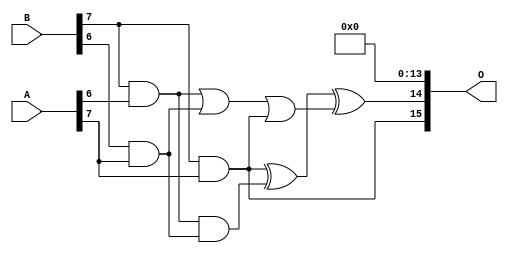
/***
* This code is a part of EvoApproxLib library (ehw.fit.vutbr.cz/approxlib) distributed under The MIT License.
* When used, please cite the following article(s): PRABAKARAN B. S., MRAZEK V., VASICEK Z., SEKANINA L., SHAFIQUE M. ApproxFPGAs: Embracing ASIC-based Approximate Arithmetic Components for FPGA-Based Systems. DAC 2020. 
***/
// MAE% = 0.004 %
// MAE = 170285 
// WCE% = 0.023 %
// WCE = 982429 
// WCRE% = 300.00 %
// EP% = 99.99 %
// MRE% = 0.20 %
// MSE = 44931.821e6 
// FPGA_POWER = 2.5
// FPGA_DELAY = 14
// FPGA_LUT = 154

module mult8_cgp14ep_ep65536_wc16384_2_csamcsa (
    A,
    B,
    O
);

input [7:0] A;
input [7:0] B;
output [15:0] O;

wire sig_225,sig_267,sig_268,sig_299,sig_300,sig_302,sig_328,sig_331;

assign sig_225 = B[7] & A[6];
assign sig_267 = B[6] & A[7];
assign sig_268 = B[7] & A[7];
assign sig_299 = sig_225 | sig_267;
assign sig_300 = sig_225 & sig_267;
assign sig_302 = sig_299 | sig_268;
assign sig_328 = sig_268 ^ sig_300;
assign sig_331 = sig_328 ^ sig_302;

assign O[15] = sig_268;
assign O[14] = sig_331;
assign O[13] = 1'b0;
assign O[12] = 1'b0;
assign O[11] = 1'b0;
assign O[10] = 1'b0;
assign O[9] = 1'b0;
assign O[8] = 1'b0;
assign O[7] = 1'b0;
assign O[6] = 1'b0;
assign O[5] = 1'b0;
assign O[4] = 1'b0;
assign O[3] = 1'b0;
assign O[2] = 1'b0;
assign O[1] = 1'b0;
assign O[0] = 1'b0;

endmodule

module mult8_cgp14zr_wc1925_rcam (
    A,
    B,
    O
);

input [7:0] A;
input [7:0] B;
output [15:0] O;

wire sig_72,sig_118,sig_147,sig_151,sig_152,sig_153,sig_154,sig_155,sig_161,sig_162,sig_163,sig_191,sig_192,sig_193,sig_194,sig_195,sig_196,sig_197,sig_198,sig_199;
wire sig_200,sig_205,sig_206,sig_207,sig_208,sig_231,sig_232,sig_236,sig_237,sig_238,sig_239,sig_240,sig_241,sig_242,sig_243,sig_244,sig_245,sig_249,sig_250,sig_251;
wire sig_252,sig_253,sig_271,sig_272,sig_273,sig_274,sig_275,sig_276,sig_277,sig_278,sig_279,sig_280,sig_281,sig_282,sig_283,sig_284,sig_285,sig_286,sig_287,sig_288;
wire sig_289,sig_290,sig_295,sig_296,sig_297,sig_298,sig_307,sig_316,sig_317,sig_318,sig_319,sig_320,sig_321,sig_322,sig_323,sig_324,sig_325,sig_326,sig_327,sig_328;
wire sig_329,sig_330,sig_331,sig_332,sig_333,sig_334,sig_335;

assign sig_72 = B[7] & A[2];
assign sig_118 = B[7] & A[3];
assign sig_147 = B[6] & A[3];
assign sig_151 = sig_72 ^ sig_118;
assign sig_152 = sig_72 & A[3];
assign sig_153 = B[7] & sig_147;
assign sig_154 = sig_151 ^ sig_147;
assign sig_155 = sig_152 | sig_153;
assign sig_161 = B[5] & A[4];
assign sig_162 = B[6] & A[4];
assign sig_163 = B[7] & A[4];
assign sig_191 = sig_154 ^ sig_162;
assign sig_192 = sig_154 & sig_162;
assign sig_193 = sig_191 & sig_161;
assign sig_194 = sig_191 ^ sig_161;
assign sig_195 = sig_192 | sig_193;
assign sig_196 = sig_155 ^ sig_163;
assign sig_197 = sig_155 & sig_163;
assign sig_198 = B[7] & sig_195;
assign sig_199 = sig_196 ^ sig_195;
assign sig_200 = sig_197 | sig_198;
assign sig_205 = B[4] & A[5];
assign sig_206 = B[5] & A[5];
assign sig_207 = B[6] & A[5];
assign sig_208 = B[7] & A[5];
assign sig_231 = sig_194 ^ sig_206;
assign sig_232 = sig_194 & sig_206;
assign sig_236 = sig_199 ^ sig_207;
assign sig_237 = sig_199 & sig_207;
assign sig_238 = sig_236 & sig_232;
assign sig_239 = sig_236 ^ sig_232;
assign sig_240 = sig_237 | sig_238;
assign sig_241 = sig_200 ^ sig_208;
assign sig_242 = sig_200 & sig_208;
assign sig_243 = B[7] & sig_240;
assign sig_244 = sig_241 ^ sig_240;
assign sig_245 = sig_242 | sig_243;
assign sig_249 = B[2] & A[6];
assign sig_250 = B[4] & A[6];
assign sig_251 = B[5] & A[6];
assign sig_252 = B[6] & A[6];
assign sig_253 = B[7] & A[6];
assign sig_271 = sig_231 ^ sig_250;
assign sig_272 = sig_231 & sig_250;
assign sig_273 = sig_271 & sig_249;
assign sig_274 = sig_271 ^ sig_249;
assign sig_275 = sig_272 | sig_273;
assign sig_276 = sig_239 ^ sig_251;
assign sig_277 = sig_239 & sig_251;
assign sig_278 = sig_276 & sig_275;
assign sig_279 = sig_276 ^ sig_275;
assign sig_280 = sig_277 | sig_278;
assign sig_281 = sig_244 ^ sig_252;
assign sig_282 = sig_244 & sig_252;
assign sig_283 = sig_281 & sig_280;
assign sig_284 = sig_281 ^ sig_280;
assign sig_285 = sig_282 | sig_283;
assign sig_286 = sig_245 ^ sig_253;
assign sig_287 = sig_245 & sig_253;
assign sig_288 = sig_253 & sig_285;
assign sig_289 = sig_286 ^ sig_285;
assign sig_290 = sig_287 | sig_288;
assign sig_295 = B[4] & A[7];
assign sig_296 = B[5] & A[7];
assign sig_297 = B[6] & A[7];
assign sig_298 = B[7] & A[7];
assign sig_307 = A[7] & B[3];
assign sig_316 = sig_279 ^ sig_295;
assign sig_317 = sig_279 & sig_295;
assign sig_318 = sig_316 & sig_307;
assign sig_319 = sig_316 ^ sig_307;
assign sig_320 = sig_317 | sig_318;
assign sig_321 = sig_284 ^ sig_296;
assign sig_322 = sig_284 & sig_296;
assign sig_323 = sig_321 & sig_320;
assign sig_324 = sig_321 ^ sig_320;
assign sig_325 = sig_322 | sig_323;
assign sig_326 = sig_289 ^ sig_297;
assign sig_327 = sig_289 & sig_297;
assign sig_328 = sig_326 & sig_325;
assign sig_329 = sig_326 ^ sig_325;
assign sig_330 = sig_327 | sig_328;
assign sig_331 = sig_290 ^ sig_298;
assign sig_332 = sig_290 & A[7];
assign sig_333 = sig_298 & sig_330;
assign sig_334 = sig_331 ^ sig_330;
assign sig_335 = sig_332 | sig_333;

assign O[15] = sig_335;
assign O[14] = sig_334;
assign O[13] = sig_329;
assign O[12] = sig_324;
assign O[11] = sig_319;
assign O[10] = sig_274;
assign O[9] = sig_205;
assign O[8] = sig_205;
assign O[7] = 1'b0;
assign O[6] = 1'b0;
assign O[5] = sig_250;
assign O[4] = 1'b0;
assign O[3] = sig_194;
assign O[2] = sig_163;
assign O[1] = sig_205;
assign O[0] = 1'b0;

endmodule


module trun8_tam00b ( A, B, O );
  input [7:0] A;
  input [7:0] B;
  output [15:0] O;

  wire C_1_0,C_1_1,C_1_2,C_1_3,C_1_4,C_1_5,C_1_6,C_2_0,C_2_1,C_2_2,C_2_3,C_2_4,C_2_5,C_2_6,C_3_0,C_3_1,C_3_2,C_3_3,C_3_4,C_3_5,C_3_6,C_4_0,C_4_1,C_4_2,C_4_3,C_4_4,C_4_5,C_4_6,C_5_0,C_5_1,C_5_2,C_5_3,C_5_4,C_5_5,C_5_6,C_6_0,C_6_1,C_6_2,C_6_3,C_6_4,C_6_5,C_6_6,C_7_0,C_7_1,C_7_2,C_7_3,C_7_4,C_7_5,C_7_6,S_0_0,S_0_1,S_0_2,S_0_3,S_0_4,S_0_5,S_0_6,S_0_7,S_1_0,S_1_1,S_1_2,S_1_3,S_1_4,S_1_5,S_1_6,S_1_7,S_2_0,S_2_1,S_2_2,S_2_3,S_2_4,S_2_5,S_2_6,S_2_7,S_3_0,S_3_1,S_3_2,S_3_3,S_3_4,S_3_5,S_3_6,S_3_7,S_4_0,S_4_1,S_4_2,S_4_3,S_4_4,S_4_5,S_4_6,S_4_7,S_5_0,S_5_1,S_5_2,S_5_3,S_5_4,S_5_5,S_5_6,S_5_7,S_6_0,S_6_1,S_6_2,S_6_3,S_6_4,S_6_5,S_6_6,S_6_7,S_7_0,S_7_1,S_7_2,S_7_3,S_7_4,S_7_5,S_7_6,S_7_7,S_8_0,S_8_1,S_8_2,S_8_3,S_8_4,S_8_5,S_8_6,S_8_7;

  assign S_0_0 = (A[0] & B[0]);
  assign S_0_1 = (A[0] & B[1]);
  assign S_0_2 = (A[0] & B[2]);
  assign S_0_3 = (A[0] & B[3]);
  assign S_0_4 = (A[0] & B[4]);
  assign S_0_5 = (A[0] & B[5]);
  assign S_0_6 = (A[0] & B[6]);
  assign S_0_7 = (A[0] & B[7]);
  PDKGENHAX1 U13609 (.A(S_0_1), .B((A[1] & B[0])), .YS(S_1_0), .YC(C_1_0));
  PDKGENHAX1 U13610 (.A(S_0_2), .B((A[1] & B[1])), .YS(S_1_1), .YC(C_1_1));
  PDKGENHAX1 U13611 (.A(S_0_3), .B((A[1] & B[2])), .YS(S_1_2), .YC(C_1_2));
  PDKGENHAX1 U13612 (.A(S_0_4), .B((A[1] & B[3])), .YS(S_1_3), .YC(C_1_3));
  PDKGENHAX1 U13613 (.A(S_0_5), .B((A[1] & B[4])), .YS(S_1_4), .YC(C_1_4));
  PDKGENHAX1 U13614 (.A(S_0_6), .B((A[1] & B[5])), .YS(S_1_5), .YC(C_1_5));
  PDKGENHAX1 U13615 (.A(S_0_7), .B((A[1] & B[6])), .YS(S_1_6), .YC(C_1_6));
  assign S_1_7 = (A[1] & B[7]);
  PDKGENFAX1 U13617 (.A(S_1_1), .B(C_1_0), .C((A[2] & B[0])), .YS(S_2_0), .YC(C_2_0));
  PDKGENFAX1 U13618 (.A(S_1_2), .B(C_1_1), .C((A[2] & B[1])), .YS(S_2_1), .YC(C_2_1));
  PDKGENFAX1 U13619 (.A(S_1_3), .B(C_1_2), .C((A[2] & B[2])), .YS(S_2_2), .YC(C_2_2));
  PDKGENFAX1 U13620 (.A(S_1_4), .B(C_1_3), .C((A[2] & B[3])), .YS(S_2_3), .YC(C_2_3));
  PDKGENFAX1 U13621 (.A(S_1_5), .B(C_1_4), .C((A[2] & B[4])), .YS(S_2_4), .YC(C_2_4));
  PDKGENFAX1 U13622 (.A(S_1_6), .B(C_1_5), .C((A[2] & B[5])), .YS(S_2_5), .YC(C_2_5));
  PDKGENFAX1 U13623 (.A(S_1_7), .B(C_1_6), .C((A[2] & B[6])), .YS(S_2_6), .YC(C_2_6));
  assign S_2_7 = (A[2] & B[7]);
  PDKGENFAX1 U13625 (.A(S_2_1), .B(C_2_0), .C((A[3] & B[0])), .YS(S_3_0), .YC(C_3_0));
  PDKGENFAX1 U13626 (.A(S_2_2), .B(C_2_1), .C((A[3] & B[1])), .YS(S_3_1), .YC(C_3_1));
  PDKGENFAX1 U13627 (.A(S_2_3), .B(C_2_2), .C((A[3] & B[2])), .YS(S_3_2), .YC(C_3_2));
  PDKGENFAX1 U13628 (.A(S_2_4), .B(C_2_3), .C((A[3] & B[3])), .YS(S_3_3), .YC(C_3_3));
  PDKGENFAX1 U13629 (.A(S_2_5), .B(C_2_4), .C((A[3] & B[4])), .YS(S_3_4), .YC(C_3_4));
  PDKGENFAX1 U13630 (.A(S_2_6), .B(C_2_5), .C((A[3] & B[5])), .YS(S_3_5), .YC(C_3_5));
  PDKGENFAX1 U13631 (.A(S_2_7), .B(C_2_6), .C((A[3] & B[6])), .YS(S_3_6), .YC(C_3_6));
  assign S_3_7 = (A[3] & B[7]);
  PDKGENFAX1 U13633 (.A(S_3_1), .B(C_3_0), .C((A[4] & B[0])), .YS(S_4_0), .YC(C_4_0));
  PDKGENFAX1 U13634 (.A(S_3_2), .B(C_3_1), .C((A[4] & B[1])), .YS(S_4_1), .YC(C_4_1));
  PDKGENFAX1 U13635 (.A(S_3_3), .B(C_3_2), .C((A[4] & B[2])), .YS(S_4_2), .YC(C_4_2));
  PDKGENFAX1 U13636 (.A(S_3_4), .B(C_3_3), .C((A[4] & B[3])), .YS(S_4_3), .YC(C_4_3));
  PDKGENFAX1 U13637 (.A(S_3_5), .B(C_3_4), .C((A[4] & B[4])), .YS(S_4_4), .YC(C_4_4));
  PDKGENFAX1 U13638 (.A(S_3_6), .B(C_3_5), .C((A[4] & B[5])), .YS(S_4_5), .YC(C_4_5));
  PDKGENFAX1 U13639 (.A(S_3_7), .B(C_3_6), .C((A[4] & B[6])), .YS(S_4_6), .YC(C_4_6));
  assign S_4_7 = (A[4] & B[7]);
  PDKGENFAX1 U13641 (.A(S_4_1), .B(C_4_0), .C((A[5] & B[0])), .YS(S_5_0), .YC(C_5_0));
  PDKGENFAX1 U13642 (.A(S_4_2), .B(C_4_1), .C((A[5] & B[1])), .YS(S_5_1), .YC(C_5_1));
  PDKGENFAX1 U13643 (.A(S_4_3), .B(C_4_2), .C((A[5] & B[2])), .YS(S_5_2), .YC(C_5_2));
  PDKGENFAX1 U13644 (.A(S_4_4), .B(C_4_3), .C((A[5] & B[3])), .YS(S_5_3), .YC(C_5_3));
  PDKGENFAX1 U13645 (.A(S_4_5), .B(C_4_4), .C((A[5] & B[4])), .YS(S_5_4), .YC(C_5_4));
  PDKGENFAX1 U13646 (.A(S_4_6), .B(C_4_5), .C((A[5] & B[5])), .YS(S_5_5), .YC(C_5_5));
  PDKGENFAX1 U13647 (.A(S_4_7), .B(C_4_6), .C((A[5] & B[6])), .YS(S_5_6), .YC(C_5_6));
  assign S_5_7 = (A[5] & B[7]);
  PDKGENFAX1 U13649 (.A(S_5_1), .B(C_5_0), .C((A[6] & B[0])), .YS(S_6_0), .YC(C_6_0));
  PDKGENFAX1 U13650 (.A(S_5_2), .B(C_5_1), .C((A[6] & B[1])), .YS(S_6_1), .YC(C_6_1));
  PDKGENFAX1 U13651 (.A(S_5_3), .B(C_5_2), .C((A[6] & B[2])), .YS(S_6_2), .YC(C_6_2));
  PDKGENFAX1 U13652 (.A(S_5_4), .B(C_5_3), .C((A[6] & B[3])), .YS(S_6_3), .YC(C_6_3));
  PDKGENFAX1 U13653 (.A(S_5_5), .B(C_5_4), .C((A[6] & B[4])), .YS(S_6_4), .YC(C_6_4));
  PDKGENFAX1 U13654 (.A(S_5_6), .B(C_5_5), .C((A[6] & B[5])), .YS(S_6_5), .YC(C_6_5));
  PDKGENFAX1 U13655 (.A(S_5_7), .B(C_5_6), .C((A[6] & B[6])), .YS(S_6_6), .YC(C_6_6));
  assign S_6_7 = (A[6] & B[7]);
  PDKGENFAX1 U13657 (.A(S_6_1), .B(C_6_0), .C((A[7] & B[0])), .YS(S_7_0), .YC(C_7_0));
  PDKGENFAX1 U13658 (.A(S_6_2), .B(C_6_1), .C((A[7] & B[1])), .YS(S_7_1), .YC(C_7_1));
  PDKGENFAX1 U13659 (.A(S_6_3), .B(C_6_2), .C((A[7] & B[2])), .YS(S_7_2), .YC(C_7_2));
  PDKGENFAX1 U13660 (.A(S_6_4), .B(C_6_3), .C((A[7] & B[3])), .YS(S_7_3), .YC(C_7_3));
  PDKGENFAX1 U13661 (.A(S_6_5), .B(C_6_4), .C((A[7] & B[4])), .YS(S_7_4), .YC(C_7_4));
  PDKGENFAX1 U13662 (.A(S_6_6), .B(C_6_5), .C((A[7] & B[5])), .YS(S_7_5), .YC(C_7_5));
  PDKGENFAX1 U13663 (.A(S_6_7), .B(C_6_6), .C((A[7] & B[6])), .YS(S_7_6), .YC(C_7_6));
  assign S_7_7 = (A[7] & B[7]);
  assign {S_8_7, S_8_6, S_8_5, S_8_4, S_8_3, S_8_2, S_8_1, S_8_0} = {C_7_6, C_7_5, C_7_4, C_7_3, C_7_2, C_7_1, C_7_0} + {S_7_7, S_7_6, S_7_5, S_7_4, S_7_3, S_7_2, S_7_1};
  assign O = {S_8_7,S_8_6,S_8_5,S_8_4,S_8_3,S_8_2,S_8_1,S_8_0,S_7_0,S_6_0,S_5_0,S_4_0,S_3_0,S_2_0,S_1_0,S_0_0};

endmodule
module CLA32bit(a,b,c_in,sum,c_out);

input [31:0]a,b;
input c_in;
output [31:0]sum;
output c_out;

wire [31:0] sum_out,  p,  g;
wire [7:0] PPP, GGG;
wire [8:0] CC;

assign p[31:0] = a[31:0] ^ b[31:0];
assign g[31:0] = a[31:0] & b[31:0];

assign PPP[0]= p [3] & p [2] & p [1] & p [0];
assign PPP[1]= p [7] & p [6] & p [5] & p [4];
assign PPP[2]= p[11] & p[10] & p [9] & p [8];
assign PPP[3]= p[15] & p[14] & p[13] & p[12];
assign PPP[4]= p[19] & p[18] & p[17] & p[16];
assign PPP[5]= p[23] & p[22] & p[21] & p[20];
assign PPP[6]= p[27] & p[26] & p[25] & p[24];
assign PPP[7]= p[31] & p[30] & p[29] & p[28];

assign GGG[0]= g[3]  | (p [3] & g [2])  | (p [3] & p [2] & g [1])  | (p [3] & p [2] & p [1] & g [0]) ;
assign GGG[1]= g[7]  | (p [7] & g [6])  | (p [7] & p [6] & g [5])  | (p [7] & p [6] & p [5] & g [4]);
assign GGG[2]= g[11] | (p[11] & g[10])  | (p[11] & p[10] & g [9])  | (p[11] & p[10] & p [9] & g [8]);
assign GGG[3]= g[15] | (p[15] & g[14])  | (p[15] & p[14] & g[13])  | (p[15] & p[14] & p[13] & g[12]);
assign GGG[4]= g[19] | (p[19] & g[18])  | (p[19] & p[18] & g[17])  | (p[19] & p[18] & p[17] & g[16]);
assign GGG[5]= g[23] | (p[23] & g[22])  | (p[23] & p[22] & g[21])  | (p[23] & p[22] & p[21] & g[20]);
assign GGG[6]= g[27] | (p[27] & g[26])  | (p[27] & p[26] & g[25])  | (p[27] & p[26] & p[25] & g[24]);
assign GGG[7]= g[31] | (p[31] & g[30])  | (p[31] & p[30] & g[29])  | (p[31] & p[30] & p[29] & g[28]);
assign CC[0] = c_in;
assign CC[1] = GGG[0]  |  PPP[0]&  CC[0];
assign CC[2] = GGG[1]  |  PPP[1]&GGG[0]  |  PPP[1]&PPP[0]&  CC[0];
assign CC[3] = GGG[2]  |  PPP[2]&GGG[1]  |  PPP[2]&PPP[1]&GGG[0]  |  PPP[2]&PPP[1]&PPP[0]&  CC[0];
assign CC[4] = GGG[3]  |  PPP[3]&GGG[2]  |  PPP[3]&PPP[2]&GGG[1]  |  PPP[3]&PPP[2]&PPP[1]&GGG[0]  |  PPP[3]&PPP[2]&PPP[1]&PPP[0]&  CC[0];
assign CC[5] = GGG[4]  |  PPP[4]&GGG[3]  |  PPP[4]&PPP[3]&GGG[2]  |  PPP[4]&PPP[3]&PPP[2]&GGG[1]  |  PPP[4]&PPP[3]&PPP[2]&PPP[1]&GGG[0] |  PPP[4]&PPP[3]&PPP[2]&PPP[1]&PPP[0]&  CC[0];
assign CC[6] = GGG[5]  |  PPP[5]&GGG[4]  |  PPP[5]&PPP[4]&GGG[3]  |  PPP[5]&PPP[4]&PPP[3]&GGG[2]  |  PPP[5]&PPP[4]&PPP[3]&PPP[2]&GGG[1] |  PPP[5]&PPP[4]&PPP[3]&PPP[2]&PPP[1]&GGG[0] |  PPP[5]&PPP[4]&PPP[3]&PPP[2]&PPP[1]&PPP[0]& CC[0];
assign CC[7] = GGG[6]  | PPP[6]&GGG[5]  |  PPP[6]&PPP[5]&GGG[4]  |  PPP[6]&PPP[5]&PPP[4]&GGG[3]  |  PPP[6]&PPP[5]&PPP[4]&PPP[3]&GGG[2]  |  PPP[6]&PPP[5]&PPP[4]&PPP[3]&PPP[2]&GGG[1] |  PPP[6]&PPP[5]&PPP[4]&PPP[3]&PPP[2]&PPP[1]&GGG[0] |  PPP[6]&PPP[5]&PPP[4]&PPP[3]&PPP[2]&PPP[1]&PPP[0] & CC[0];
assign CC[8] = GGG[7] | PPP[7]&GGG[6]  | PPP[7]&PPP[6]&GGG[5]  |  PPP[7]&PPP[6]&PPP[5]&GGG[4]  |  PPP[7]&PPP[6]&PPP[5]&PPP[4]&GGG[3]  |  PPP[7]&PPP[6]&PPP[5]&PPP[4]&PPP[3]&GGG[2]  |  PPP[7]&PPP[6]&PPP[5]&PPP[4]&PPP[3]&PPP[2]&GGG[1] |  PPP[7]&PPP[6]&PPP[5]&PPP[4]&PPP[3]&PPP[2]&PPP[1]&GGG[0] |  PPP[7]&PPP[6]&PPP[5]&PPP[4]&PPP[3]&PPP[2]&PPP[1]&PPP[0] & CC[0];
cla_4bit cla4bit1(.aa(a  [3:0]),  .bb(b  [3:0]),  .cin(CC[0]),   .pp(p  [3:0]),  .gg(g  [3:0]),   .summ(sum  [3:0]));
cla_4bit cla4bit2(.aa(a  [7:4]),  .bb(b  [7:4]),  .cin(CC[1]),   .pp(p  [7:4]),  .gg(g  [7:4]),   .summ(sum  [7:4]));
cla_4bit cla4bit3(.aa(a [11:8]),  .bb(b [11:8]),  .cin(CC[2]),   .pp(p [11:8]),  .gg(g [11:8]),   .summ(sum [11:8]));
cla_4bit cla4bit4(.aa(a[15:12]),  .bb(b[15:12]),  .cin(CC[3]),   .pp(p[15:12]),  .gg(g[15:12]),   .summ(sum[15:12]));
cla_4bit cla4bit5(.aa(a[19:16]),  .bb(b[19:16]),  .cin(CC[4]),   .pp(p[19:16]),  .gg(g[19:16]),   .summ(sum[19:16]));
cla_4bit cla4bit6(.aa(a[23:20]),  .bb(b[23:20]),  .cin(CC[5]),   .pp(p[23:20]),  .gg(g[23:20]),   .summ(sum[23:20]));
cla_4bit cla4bit7(.aa(a[27:24]),  .bb(b[27:24]),  .cin(CC[6]),   .pp(p[27:24]),  .gg(g[27:24]),   .summ(sum[27:24]));
cla_4bit cla4bit8(.aa(a[31:28]),  .bb(b[31:28]),  .cin(CC[7]),   .pp(p[31:28]),  .gg(g[31:28]),   .summ(sum[31:28]));

assign c_out=CC[8];

endmodule
module cla_4bit(aa,bb,cin,summ,pp,gg);
input  [3:0] aa,bb,pp,gg;  
input cin;
output [3:0] summ;

wire [3:0] c;

   assign c[0] = cin;
   assign c[1] = gg[0] | (pp[0] & c[0]);
   assign c[2] = gg[1] | (pp[1] & gg[0]) | (pp[1] & pp[0] & c[0]);
   assign c[3] = gg[2] | (pp[2] & gg[1]) | (pp[2] & pp[1] & gg[0])| (pp[2] & pp[1] & pp[0] & c[0]);

   assign summ[3:0] = pp[3:0]  ^  c[3:0];
endmodule

`timescale 1ns/100ps
module mul16u_89C ( input[15:0] A,
                   input[15:0] B,
                   output [31:0] O
                 );

wire [15:0] ll,lh,hl,hh;
wire [31:0] llhhlh_sum;
wire [31:0] shifted_llhh, shifted_lh, shifted_hl;

localparam MAX1 = 15;
localparam MIN1 = 8;

localparam MAX2 = 7;
localparam MIN2 = 0;

mult8_cgp14ep_ep65536_wc16384_2_csamcsa LxL (.A(A[MAX2:MIN2]), .B(B[MAX2:MIN2]), .O(ll));
mult8_cgp14zr_wc1925_rcam HxL (.A(A[MAX1:MIN1]), .B(B[MAX2:MIN2]), .O(hl));
mult8_cgp14zr_wc1925_rcam LxH (.A(A[MAX2:MIN2]), .B(B[MAX1:MIN1]), .O(lh));
trun8_tam00b HxH (.A(A[MAX1:MIN1]), .B(B[MAX1:MIN1]), .O(hh));

assign shifted_llhh = { hh, ll }; 
assign shifted_lh = { {8{1'b0}}, lh, {8{1'b0}}}; 
assign shifted_hl = { {8{1'b0}}, hl, {8{1'b0}}};
CLA32bit LLHHLH (.a(shifted_llhh), .b(shifted_lh), .c_in(1'b0), .sum(llhhlh_sum), .c_out());
CLA32bit SUMO (.a(llhhlh_sum), .b(shifted_hl), .c_in(1'b0), .sum(O), .c_out());

endmodule


/* mod */
module PDKGENHAX1( input A, input B, output YS, output YC );
    assign YS = A ^ B;
    assign YC = A & B;
endmodule
/* mod */
module PDKGENFAX1( input A, input B, input C, output YS, output YC );
    assign YS = (A ^ B) ^ C;
    assign YC = (A & B) | (B & C) | (A & C);
endmodule